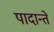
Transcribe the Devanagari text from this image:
पादान्ते